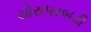
ચોરાપરબડી